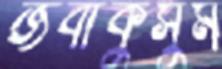
জবাকুসুম